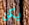
يكن